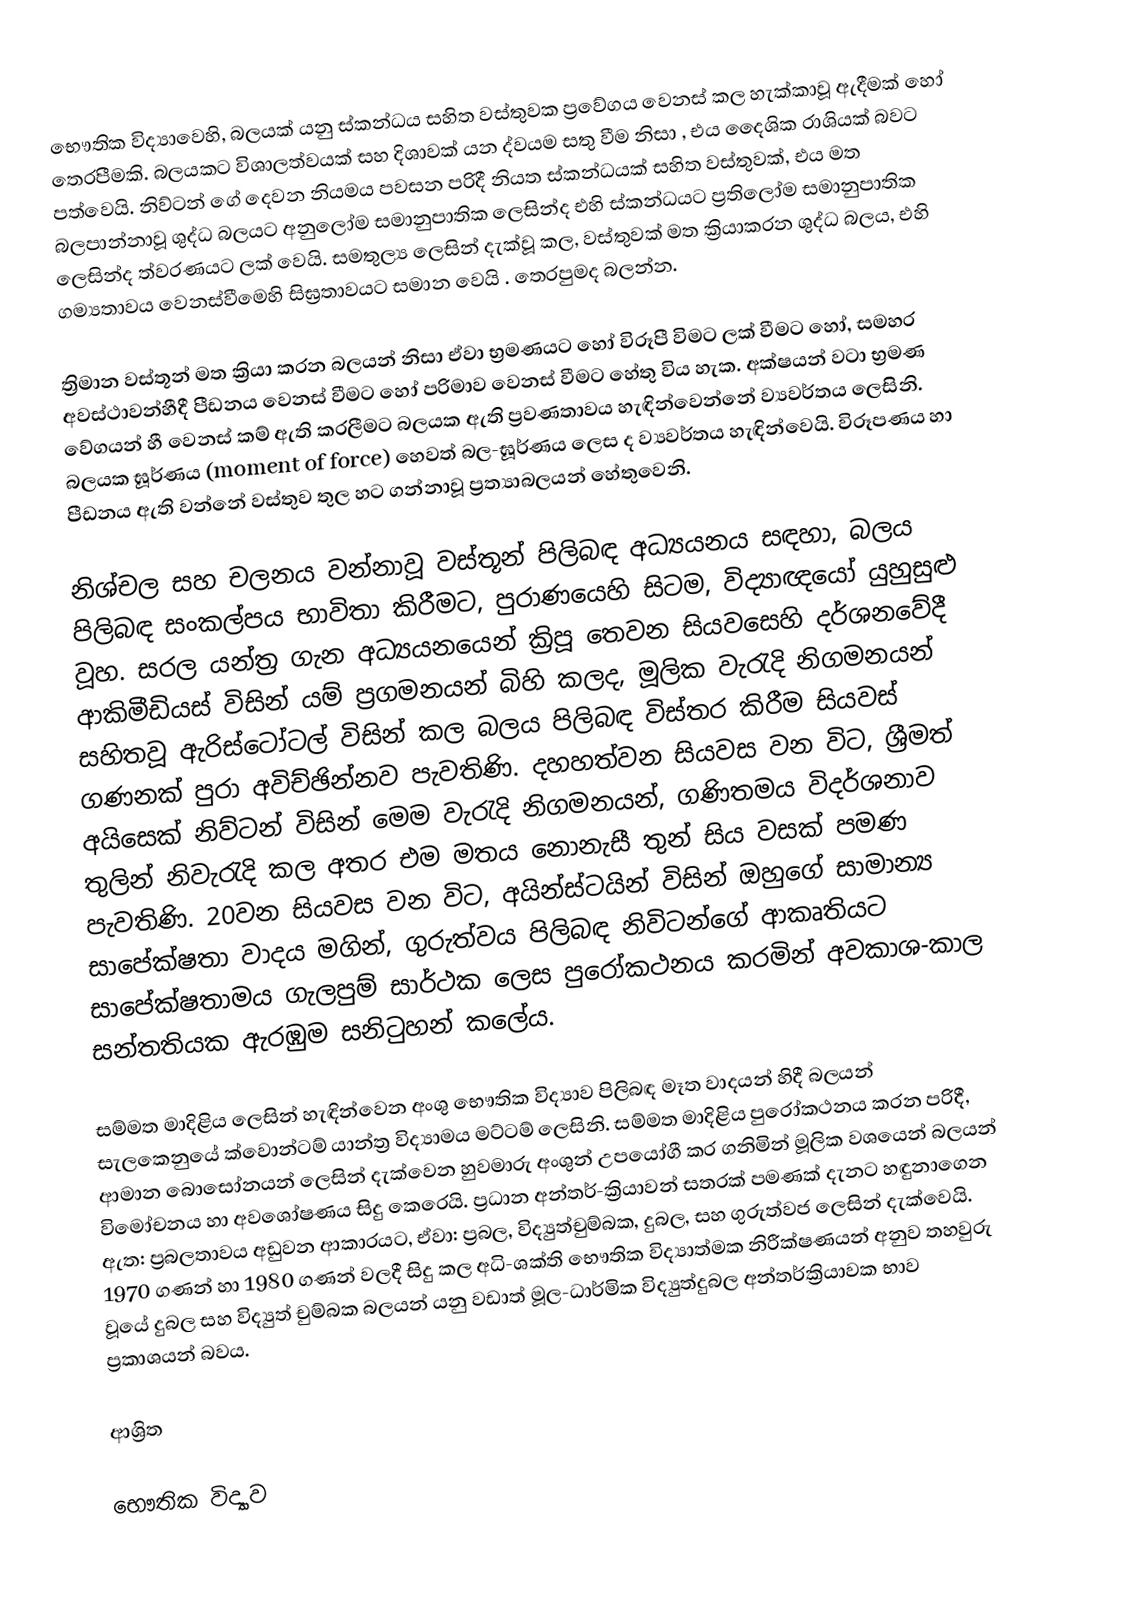
භෞතික විද්‍යාවෙහි, බලයක් යනු ස්කන්ධය සහිත වස්තුවක ප්‍රවේගය වෙනස් කල හැක්කාවූ ඇදීමක් හෝ තෙරපීමකි. බලයකට විශාලත්වයක්  සහ දිශාවක් යන ද්වයම සතු වීම නිසා , එය දෛශික රාශියක් බවට පත්වෙයි. නිව්ටන් ගේ දෙවන නියමය පවසන පරිදී නියත ස්කන්ධයක් සහිත වස්තුවක්, එය මත බලපාන්නාවූ ශුද්ධ බලයට අනුලෝම සමානුපාතික ලෙසින්ද එහි ස්කන්ධයට ප්‍රතිලෝම සමානුපාතික ලෙසින්ද  ත්වරණයට ලක් වෙයි. සමතුල්‍ය ලෙසින් දැක්වූ කල, වස්තුවක් මත ක්‍රියාකරන ශුද්ධ බලය, එහි ගම්‍යතාවය වෙනස්වීමෙහි සිඝ්‍රතාවයට සමාන වෙයි .   තෙරපුමද බලන්න.

ත්‍රිමාන වස්තූන් මත ක්‍රියා කරන බලයන් නිසා ඒවා  භ්‍රමණයට හෝ විරූපී විමට ලක් වීමට හෝ, සමහර අවස්ථාවන්හීදී  පීඩනය වෙනස් වීමට හෝ පරිමාව වෙනස් වීමට හේතු විය හැක. අක්ෂයන් වටා භ්‍රමණ වේගයන් හී වෙනස් කම් ඇති කරලීමට බලයක ඇති ප්‍රවණතාවය හැඳින්වෙන්නේ  ව්‍යවර්තය ලෙසිනි. බලයක ඝූර්ණය  (moment of force) හෙවත්‌ බල-ඝූර්ණය ලෙස ද ව්‍යවර්තය හැඳින්වෙයි. විරූපණය හා පීඩනය ඇති වන්නේ වස්තුව තුල  හට ගන්නාවූ ප්‍රත්‍යාබලයන් හේතුවෙනි.

නිශ්චල සහ චලනය වන්නාවූ වස්තූන් පිලිබඳ අධ්‍යයනය සඳහා, බලය පිලිබඳ සංකල්පය භාවිතා කිරීමට, පුරාණයෙහි සිටම, විද්‍යාඥයෝ යුහුසුළු වූහ.  සරල යන්ත්‍ර ගැන අධ්‍යයනයෙන් ක්‍රිපූ තෙවන සියවසෙහි දර්ශනවේදී ආකිමීඩියස් විසින් යම් ප්‍රගමනයන් බිහි කලද,   මූලික වැරැදි නිගමනයන් සහිතවූ ඇරිස්ටෝටල් විසින් කල බලය පිලිබඳ විස්තර කිරීම සියවස් ගණනක් පුරා අවිච්ඡින්නව පැවතිණි. දහහත්වන සියවස වන විට, ශ්‍රීමත් අයිසෙක් නිව්ටන් විසින් මෙම වැරැදි නිගමනයන්, ගණිතමය විදර්ශනාව තුලින් නිවැරැදි කල අතර එම මතය නොනැසී තුන් සිය වසක් පමණ පැවතිණි. 20වන සියවස වන විට, අයින්ස්ටයින් විසින් ඔහුගේ  සාමාන්‍ය සාපේක්ෂතා වාදය මගින්, ගුරුත්වය පිලිබඳ නිවිටන්ගේ  ආකෘතියට සාපේක්ෂතාමය ගැලපුම් සාර්ථක ලෙස පුරෝකථනය කරමින් අවකාශ-කාල සන්තතියක ඇරඹුම සනිටුහන් කලේය.

සම්මත මාදිළිය ලෙසින් හැඳින්වෙන අංශු භෞතික විද්‍යාව පිලිබඳ මෑත වාදයන් හිදී බලයන් සැලකෙනුයේ  ක්වොන්ටම් යාන්ත්‍ර විද්‍යාමය මට්ටම් ලෙසිනි. සම්මත මාදිළිය පුරෝකථනය කරන පරිදී,  ආමාන බොසෝනයන් ලෙසින් දැක්වෙන හුවමාරු අංශුන්  උපයෝගී කර ගනිමින් මූලික වශයෙන් බලයන් විමෝචනය හා අවශෝෂණය සිදු කෙරෙයි. ප්‍රධාන අන්තර්-ක්‍රියාවන් සතරක් පමණක් දැනට හඳුනාගෙන ඇත: ප්‍රබලතාවය අඩුවන ආකාරයට, ඒවා: ප්‍රබල, විද්‍යුත්චුම්බක, දුබල, සහ ගුරුත්වජ ලෙසින් දැක්වෙයි. 1970 ගණන් හා 1980 ගණන් වලදී සිදු කල අධි-ශක්ති භෞතික විද්‍යාත්මක නිරීක්ෂණයන්  අනුව තහවුරු වූයේ දුබල සහ විද්‍යුත් චුම්බක බලයන් යනු වඩාත් මූල-ධාර්මික  විද්‍යුත්දුබල අන්තර්ක්‍රියාවක භාව ප්‍රකාශයන් බවය.

ආශ්‍රිත

භෞතික විද්‍යාව